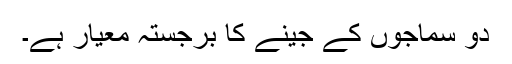
دو سماجوں کے جینے کا برجستہ معیار ہے۔